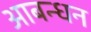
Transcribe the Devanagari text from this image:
आबन्धन